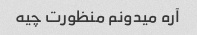
آره میدونم منظورت چیه